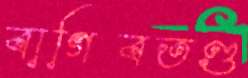
বাগিবতণ্ড